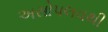
અસોપલવથી